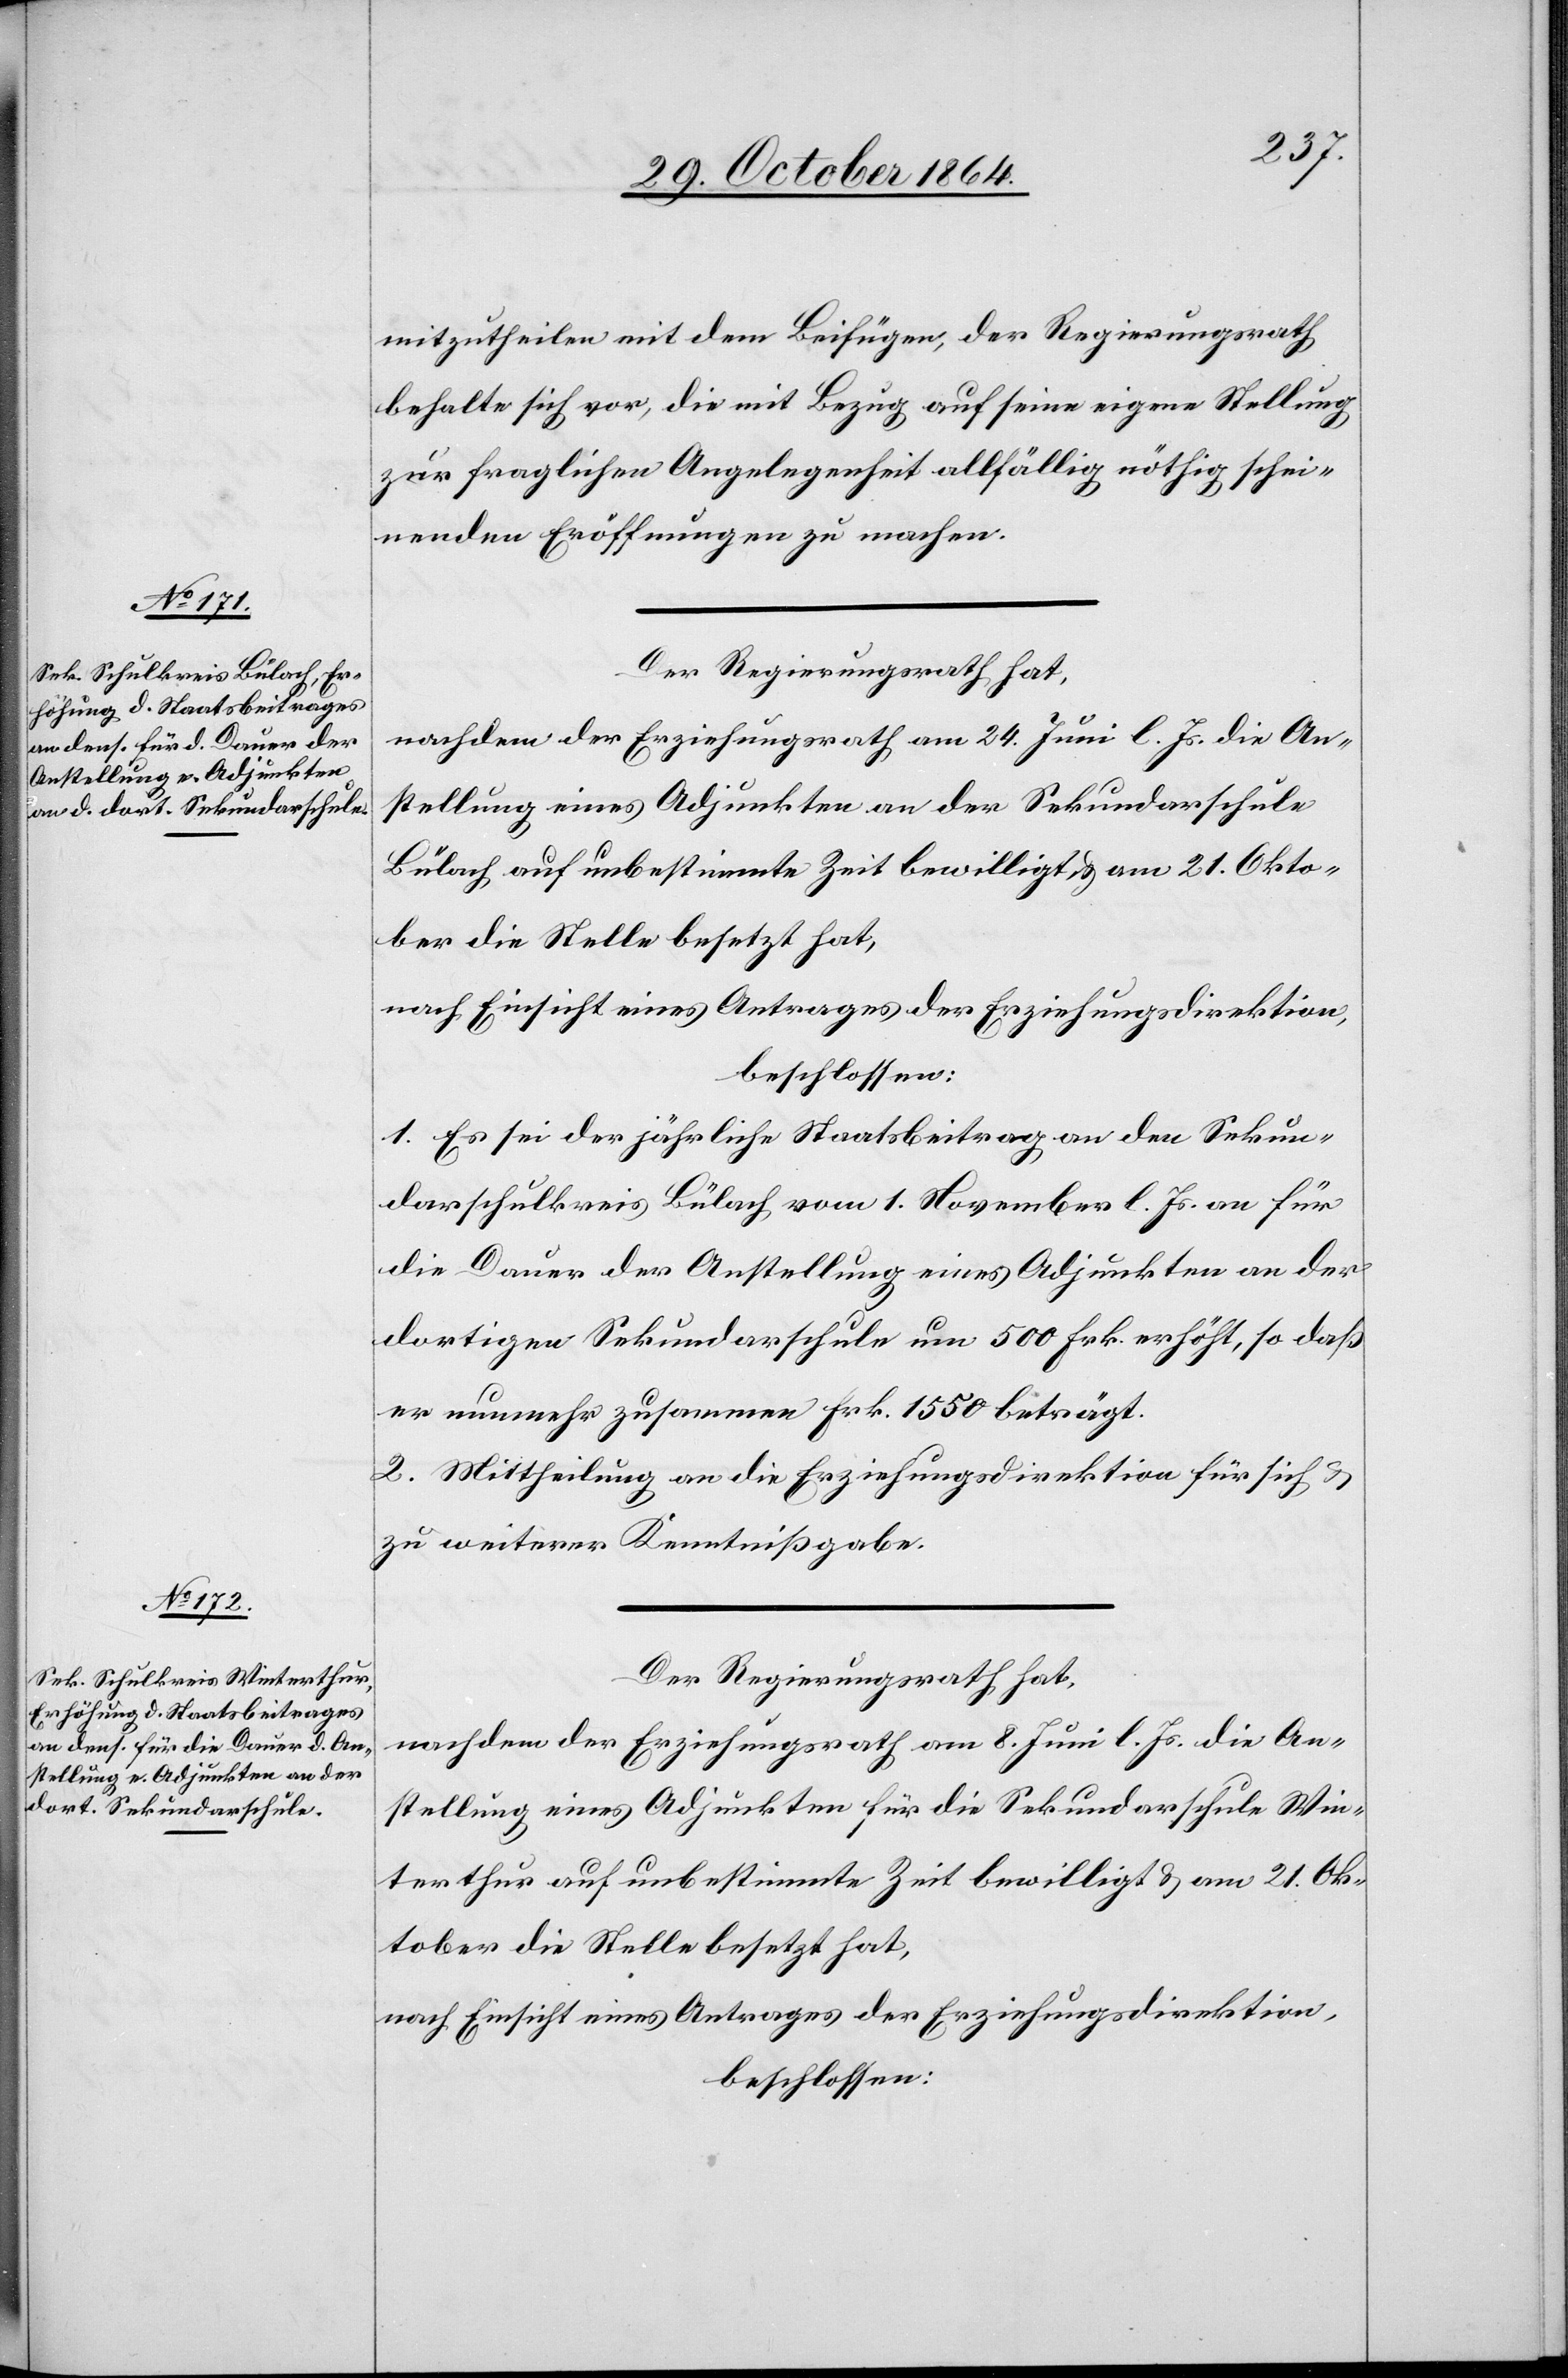
mitzutheilen mit dem Beifügen, der Regierungsrath
behalte sich vor, die mit Bezug auf seine eigene Stellung
zur fraglichen Angelegenheit allfällig nöthig schei¬
nenden Eröffnungen zu machen.
Der Regierungsrath hat,
nachdem der Erziehungsrath am 24. Juni l. Js. die An¬
stellung eines Adjunkten an der Sekundarschule
Bülach auf unbestimmte Zeit bewilligt & am 21. Okto¬
ber die Stelle besetzt hat,
nach Einsicht eines Antrages der Erziehungsdirektion,
beschlossen:
1. Es sei der jährliche Staatsbeitrag an den Sekun¬
darschulkreis Bülach vom 1. November l. Js. an für
die Dauer der Anstellung eines Adjunkten an der
dortigen Sekundarschule um 500 Frk. erhöht, so daß
er nunmehr zusammen Frk. 1550 beträgt.
2. Mittheilung an die Erziehungsdirektion für sich &
zu weiterer Kenntnißgabe.
Der Regierungsrath hat,
nach dem der Erziehungsrath am 8. Juni l. Js. die An¬
stellung eines Adjunkten für die Sekundarschule Win¬
terthur auf unbestimmte Zeit bewilligt & am 21. Ok¬
tober die Stelle besetzt hat,
nach Einsicht eines Antrages der Erziehungsdirektion,
beschlossen: